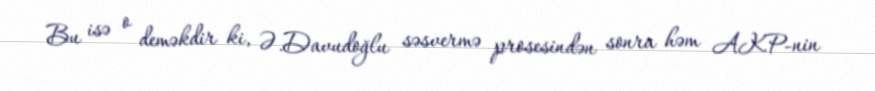
Bu isə o deməkdir ki, Ə.Davudoğlu səsvermə prosesindən sonra həm AKP-nin